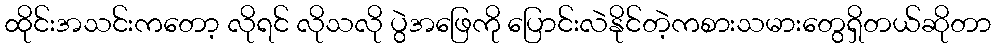
ထိုင်းအသင်းကတော့ လိုရင် လိုသလို ပွဲအဖြေကို ပြောင်းလဲနိုင်တဲ့ကစားသမားတွေရှိတယ်ဆိုတာ